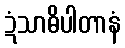
ဍံသာဓိပါတာနံ